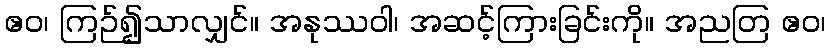
ဧဝ၊ ကြဉ်၍သာလျှင်။ အနုဿဝါ၊ အဆင့်ကြားခြင်းကို။ အညတြ ဧဝ၊